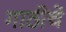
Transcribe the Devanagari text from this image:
गाठीचे